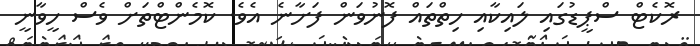
ރޮކެޓް ސްޕީޑުގައި ލައިކާއި ހިތްތައް ފޮނުވަން ފަށާނެ އެވެ. ކޮމެންޓްތަށް ވެސް ހީވާނީ